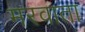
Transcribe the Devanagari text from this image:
मरवाता